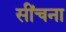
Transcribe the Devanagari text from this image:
सींचना